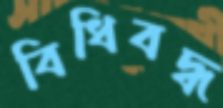
বিধিবদ্ধ